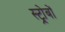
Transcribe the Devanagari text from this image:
स्ट्रोबों